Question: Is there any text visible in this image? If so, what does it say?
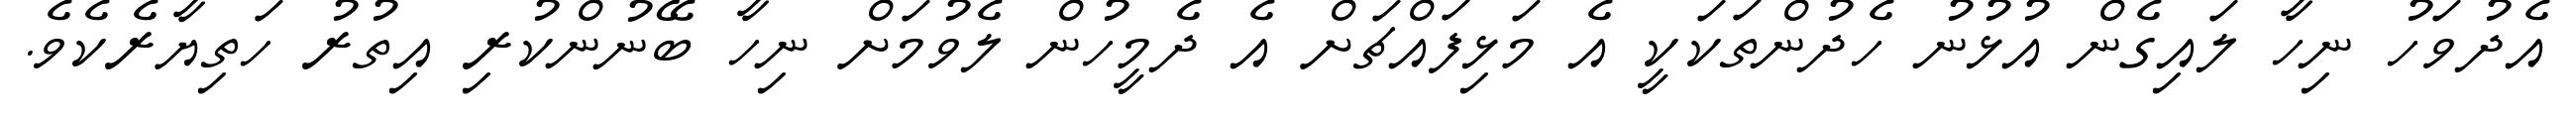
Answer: އެދުވަހު ނިހާ ލައިގެން އުޅުނު ހެދުންތަކަކީ އެ މަޅިފައްޗަށް އެ ދެމީހުން ލެވުމަށް ނިހާ ބޭނުންކުރި އިތުރު ހަތިޔާރެކެވެ.